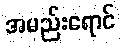
အမည်းရောင်